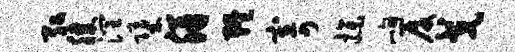
弘膝润堕胼缠寄操峋厦戈